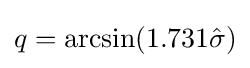
q=\arcsin(1.731{\hat {\sigma }})